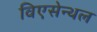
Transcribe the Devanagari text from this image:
विएसेन्थल